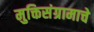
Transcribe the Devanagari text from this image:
मुक्तिसंग्रामाचे